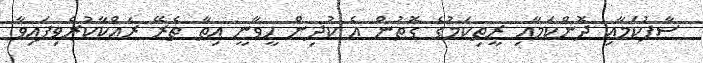
ސާފުކަމާއި ދޮންކަމާއި ރީތިކަމުގެ ގޮތުން އެ ކުދިން ހީވާނީ އިތާ ތެރޭ ރައްކާކުރެވިފައިވާ